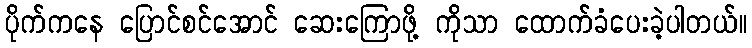
ပိုက်ကနေ ပြောင်စင်အောင် ဆေးကြောဖို့ ကိုသာ ထောက်ခံပေးခဲ့ပါတယ်။